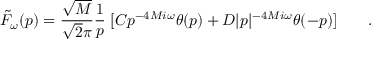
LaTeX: { \tilde { \cal F } } _ { \omega } ( p ) = { \frac { \sqrt { M } } { \sqrt { 2 } \pi } } { \frac { 1 } { p } } \; [ C p ^ { - 4 M i \omega } \theta ( p ) + D \vert p \vert ^ { - 4 M i \omega } \theta ( - p ) ] \qquad .